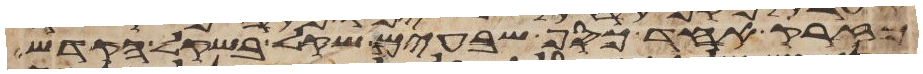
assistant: מזרק אחד כסף שבעים שקל בשקל הקדש